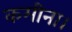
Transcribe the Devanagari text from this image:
कमीना।